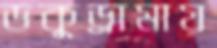
ডকুড্রামায়